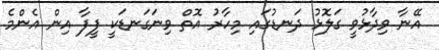
އޭނާ ވިދާޅުވީ ގަލޮޅު ދަނޑުގައި މިހާރު އޮތް ވިނަގަނޑަކީ ފީފާ އިން އެންމެ